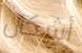
أشكال